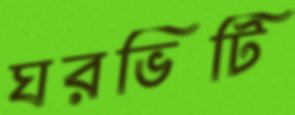
ঘরভিটি